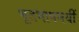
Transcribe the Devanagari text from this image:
भूतभाषमयीं